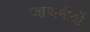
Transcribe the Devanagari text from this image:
जापानीयों